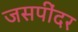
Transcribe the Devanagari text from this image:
जसपींदर